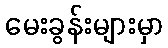
မေးခွန်းများမှာ